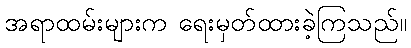
အရာထမ်းများက ရေးမှတ်ထားခဲ့ကြသည်။